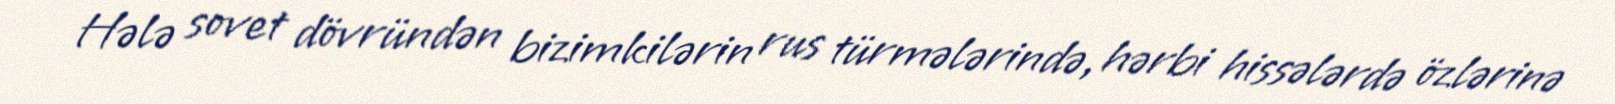
Hələ sovet dövründən bizimkilərin rus türmələrində, hərbi hissələrdə özlərinə